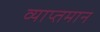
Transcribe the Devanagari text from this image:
व्याप्तमान